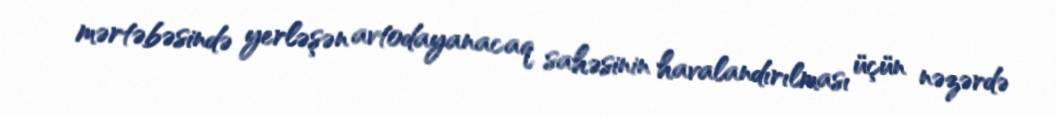
mərtəbəsində yerləşən avtodayanacaq sahəsinin havalandırılması üçün nəzərdə